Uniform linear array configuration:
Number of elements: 32
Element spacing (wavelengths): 0.25
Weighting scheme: uniform
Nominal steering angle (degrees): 60
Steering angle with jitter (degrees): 60.103
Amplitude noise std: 0.05
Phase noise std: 0.05

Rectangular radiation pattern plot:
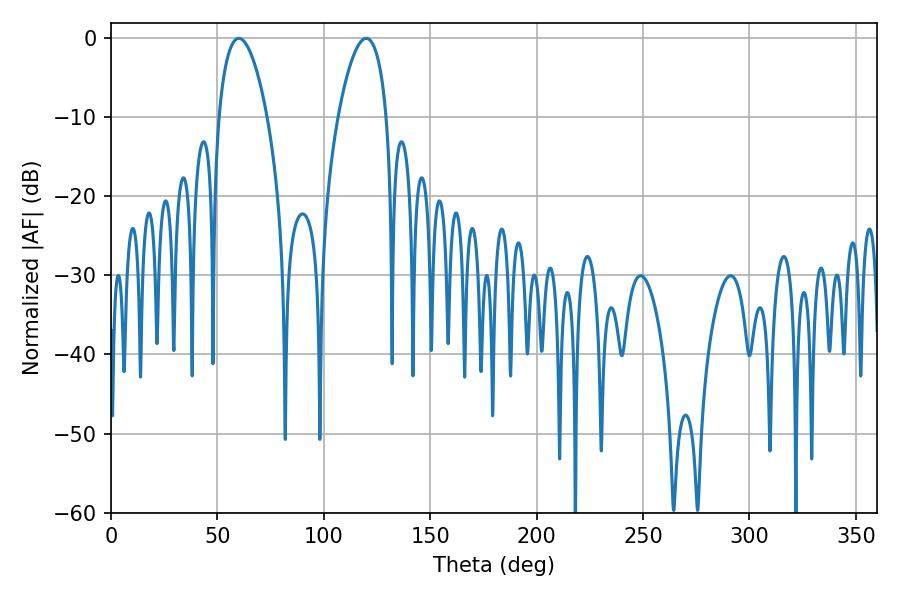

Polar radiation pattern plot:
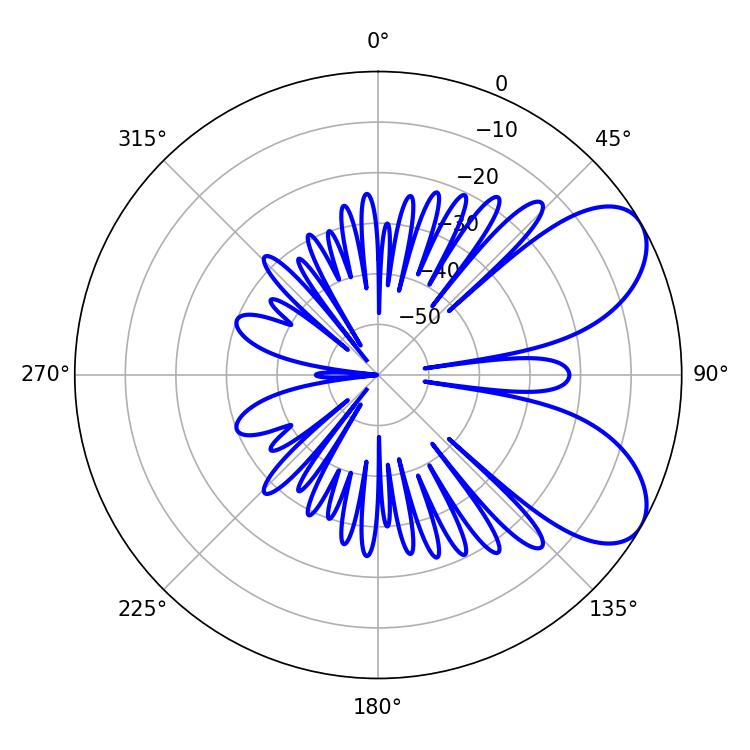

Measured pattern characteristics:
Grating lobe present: FALSE
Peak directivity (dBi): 6.8
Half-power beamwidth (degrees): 12.78
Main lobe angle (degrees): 60.12